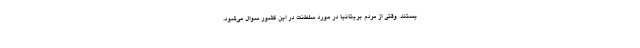
یستند. وقتی از مردم بریتانیا در مورد سلطنت در این کشور سوال می‌شود،